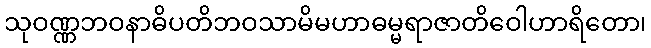
သုဝဏ္ဏဘဝနာဓိပတိဘဝသာမိမဟာဓမ္မရာဇာတိဝေါဟာရိတော၊